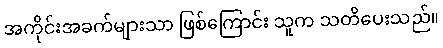
အကိုင်းအခက်များသာ ဖြစ်ကြောင်း သူက သတိပေးသည်။